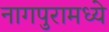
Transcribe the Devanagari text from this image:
नागपुरामध्ये